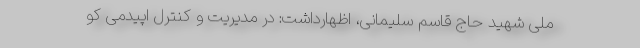
ملی شهید حاج قاسم سلیمانی، اظهارداشت: در مدیریت و کنترل اپیدمی کو